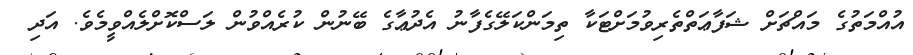
އުއްމަތުގެ މައްޗަށް ޝަފާޢަތްތެރިވުމަށްޓަކާ ތިމަންކަލޭގެފާނު އެދުޢާގެ ބޭނުން ކުރެއްވުން ލަސްކޮށްލެއްވީމެވެ. އަދި